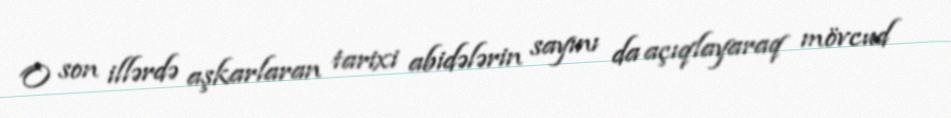
O son illərdə aşkarlaran tarixi abidələrin sayını da açıqlayaraq mövcud